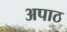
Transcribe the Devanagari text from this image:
अपाठ